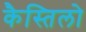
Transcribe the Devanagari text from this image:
कैस्तिलो